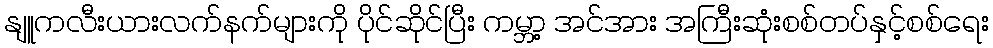
နျူကလီးယားလက်နက်များကို ပိုင်ဆိုင်ပြီး ကမ္ဘာ့ အင်အား အကြီးဆုံးစစ်တပ်နှင့်စစ်ရေး